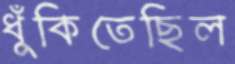
ধুঁকিতেছিল